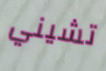
تشيني